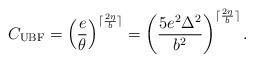
LaTeX: \begin{align*}C_{\mathrm{UBF}}=\left(\frac{e}{\theta}\right)^{\lceil\frac{2\eta}{b}\rceil} = \left(\frac{5e^2\Delta^2}{b^2}\right)^{\lceil\frac{2\eta}{b}\rceil}.\end{align*}